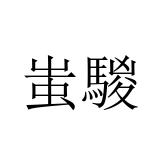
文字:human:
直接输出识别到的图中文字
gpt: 蚩騣